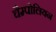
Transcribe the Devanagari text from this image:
चैम्पोलियन